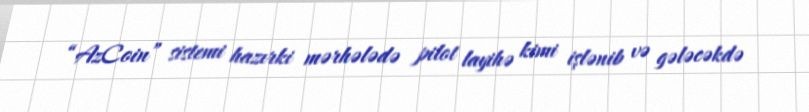
“AzCoin” sistemi hazırki mərhələdə pilot layihə kimi işlənib və gələcəkdə